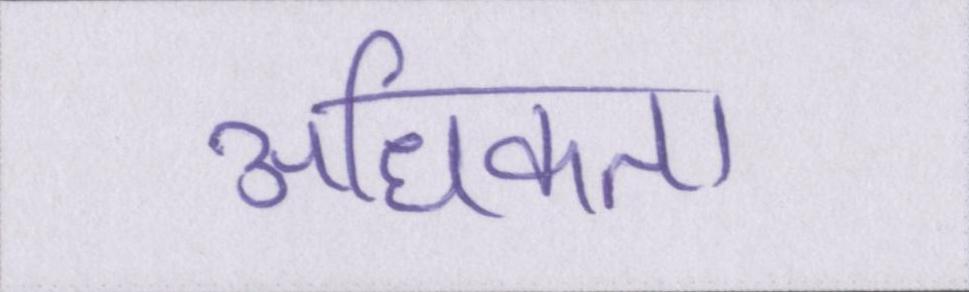
अधिकता